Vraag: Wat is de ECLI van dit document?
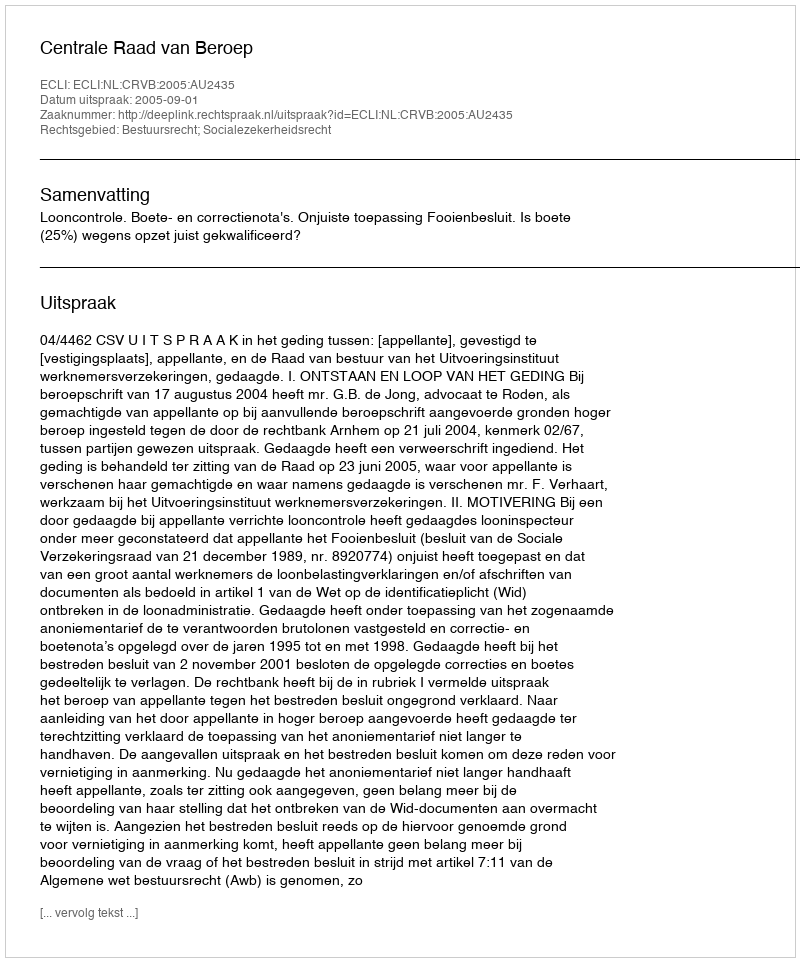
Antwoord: ECLI:NL:CRVB:2005:AU2435